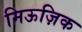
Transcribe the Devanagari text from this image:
मिऊज़िक